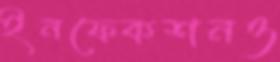
ইনফেকশনও